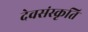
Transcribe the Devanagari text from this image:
देवसंस्कृति